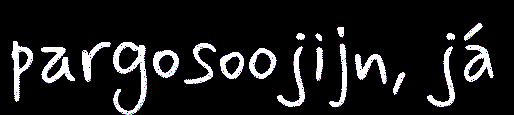
pargosoojijn, já